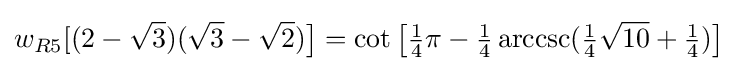
w_{R5}[(2-{\sqrt {3}})({\sqrt {3}}-{\sqrt {2}}){\bigr ]}=\cot {\bigl [}{\tfrac {1}{4}}\pi -{\tfrac {1}{4}}\operatorname {arccsc}({\tfrac {1}{4}}{\sqrt {10}}+{\tfrac {1}{4}}){\bigr ]}